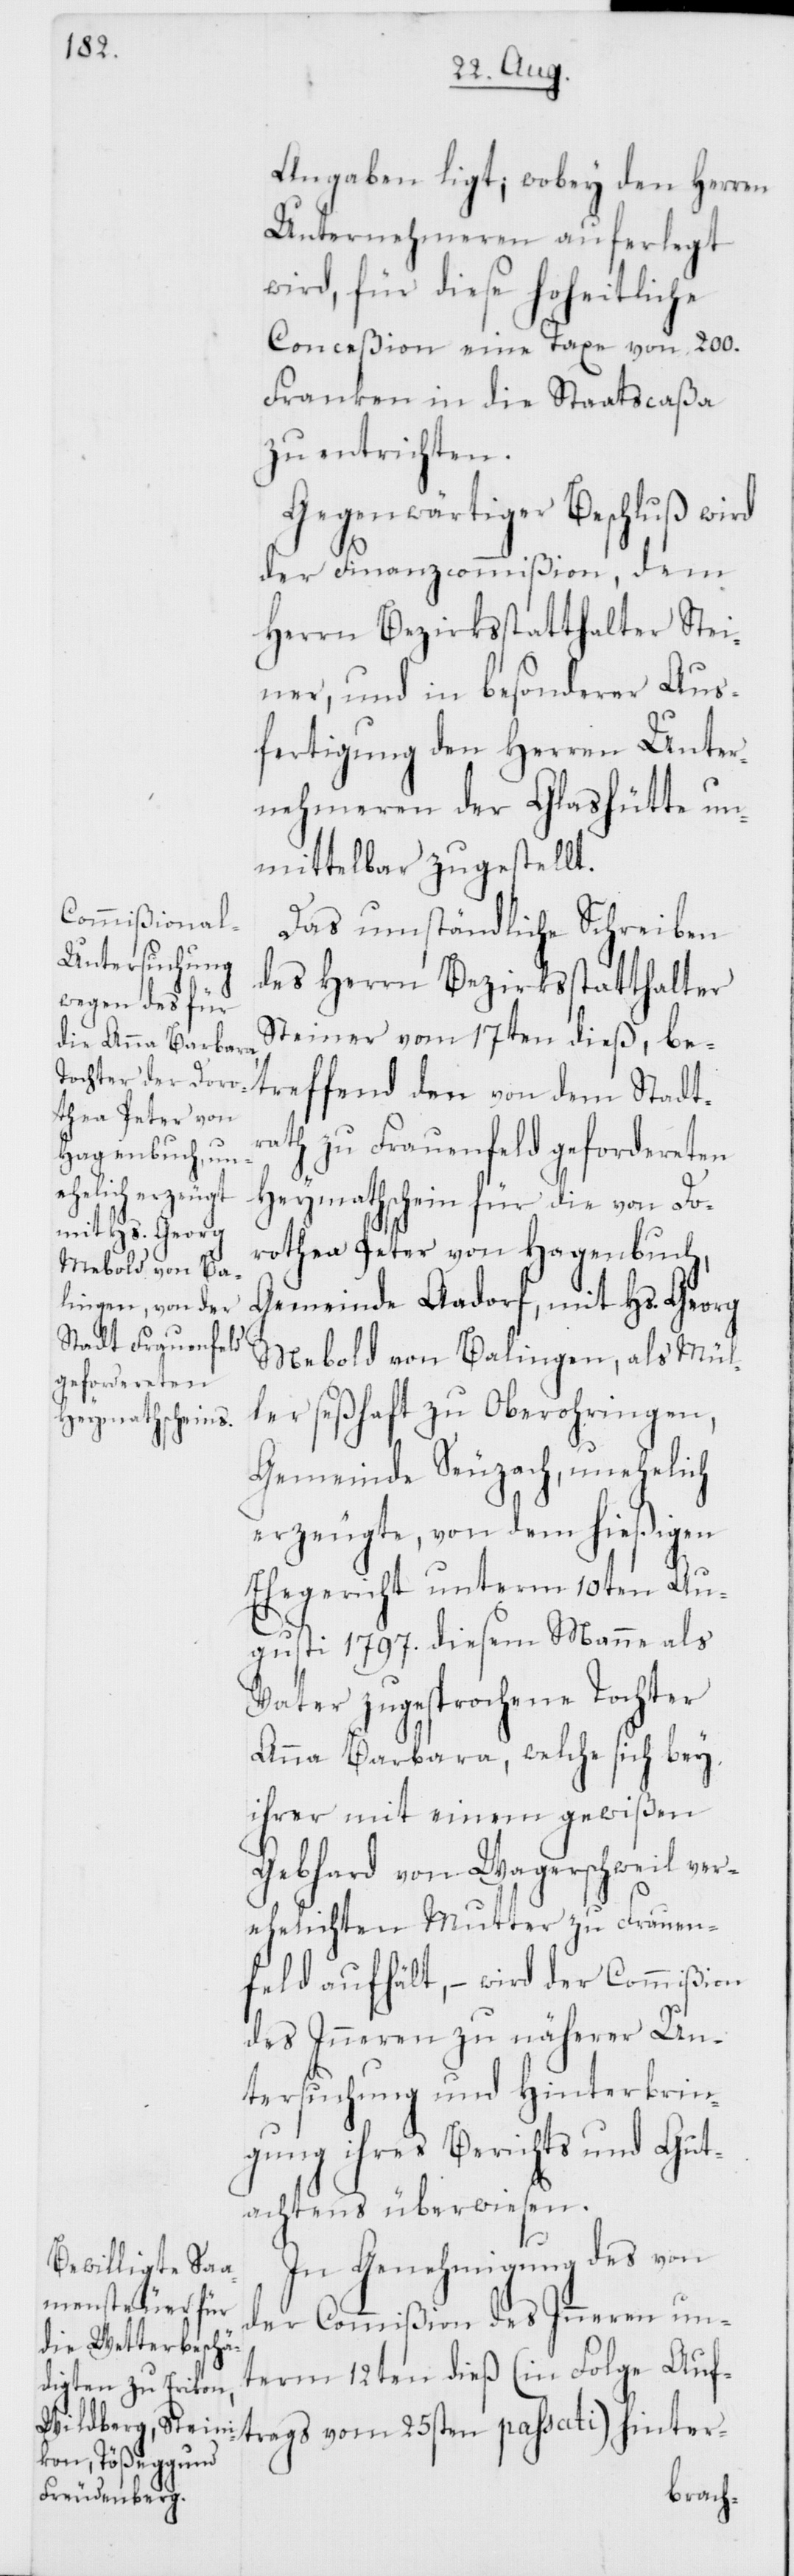
Angaben ligt; wobey den Herren
Unternehmeren auferlegt
wird, für diese hoheitliche
Conceßion eine Taxe von 200.
Franken in die Staatscaßa
zu entrichten.
Gegenwärtiger Beschluß wird
der Finanzcommißion, dem
Herrn Bezirksstatthalter Stei¬
ner, und in besonderer Aus¬
fertigung den Herren Unter¬
nehmeren der Glashütte un¬
mittelbar zugestellt.
Das umständliche Schreiben
des Herrn Bezirksstatthalter
Steiner vom 17ten dieß, be¬
treffend den von dem Stadt¬
rath zu Frauenfeld gefordereten
Heymathschein für die von Do¬
rothea Peter von Hagenbuch,
Gemeinde Aadorf, mit Hs. Georg
Mebold von Balingen, als Mül¬
ler seßhaft zu Oberohringen,
Gemeinde Seuzach, unehelich
erzeugte, von dem hießigen
Ehegericht unterm 10ten Au¬
gusti 1797. diesem Manne als
Vater zugesprochene Tochter
Anna Barbara, welche sich bey
ihrer mit einem gewißen
Gebhard von Wagerschweil ver¬
ehelichten Mutter zu Frauen¬
feld aufhält, – wird der Commißion
des Inneren zu näherer Un¬
tersuchung und Hinterbrin¬
gung ihres Berichts und Gut¬
achtens überwiesen.
In Genehmigung des von
der Commißion des Inneren un¬
term 12ten dieß (in Folge Auf¬
trags